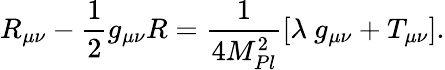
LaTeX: R_{\mu\nu}-\frac{1}{2}g_{\mu\nu}R=\frac{1}{4M_{Pl}^{2}}[\lambda~g_{\mu\nu}+T_{\mu\nu}].